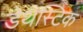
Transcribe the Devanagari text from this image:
डेथस्टिक